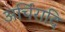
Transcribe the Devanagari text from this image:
अर्चिरादि